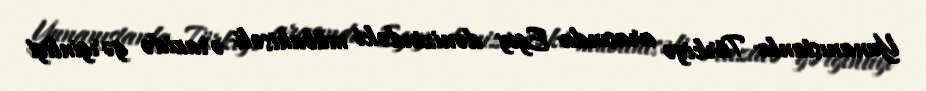
Yunanıstanla Türkiyə arasında Egey dənizindəki mübahisəli ərazidə gərginliyi